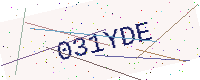
Text: 031YDE